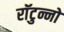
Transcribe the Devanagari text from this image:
राॅटुन्नो